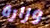
وزارة